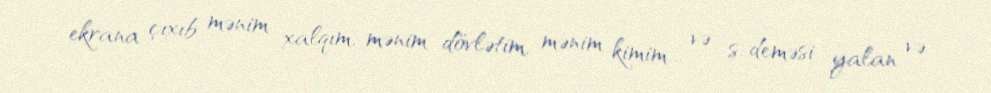
ekrana çıxıb mənim xalqım, mənim dövlətim, mənim kimim... və s. deməsi yalan və